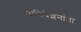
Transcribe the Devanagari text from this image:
अधिवेशनांना